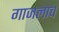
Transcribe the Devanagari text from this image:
गाजलाच